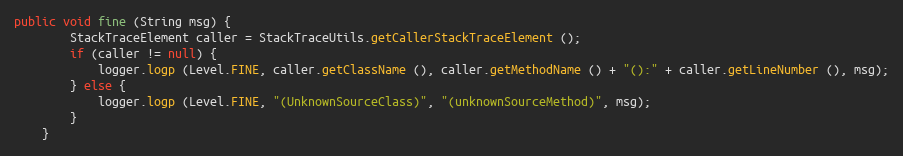
Language: Java
public void fine (String msg) {
		StackTraceElement caller = StackTraceUtils.getCallerStackTraceElement ();
		if (caller != null) {
			logger.logp (Level.FINE, caller.getClassName (), caller.getMethodName () + "():" + caller.getLineNumber (), msg);
		} else {
			logger.logp (Level.FINE, "(UnknownSourceClass)", "(unknownSourceMethod)", msg);
		}
	}